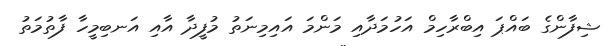
ޝިފާންގެ ބައްޕަ އިބްރާހިމް އަހުމަދާއި މަންމަ އައިމިނަތު މުފީދާ އާއި އަނބިމީހާ ފާތުމަތު